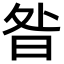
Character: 昝